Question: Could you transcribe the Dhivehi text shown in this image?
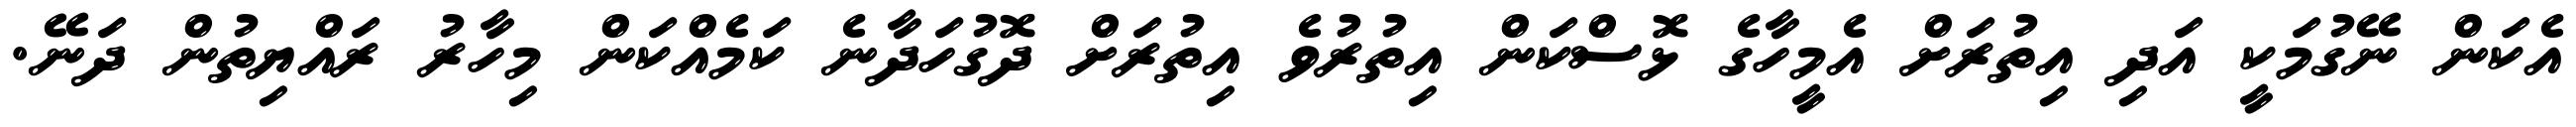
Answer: އެކަން ނޭގުމަކީ އަދި އިތުރަށް އެމީހާގެ ޅޮސްކަން އިތުރުވެ އިތުރަށް ދޮގުހަދާނެ ކަމެއްކަން މިހާރު ރައްޔިތުން ދަނޭ.